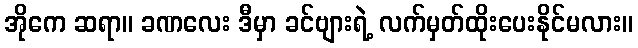
အိုကေ ဆရာ။ ခဏလေး ဒီမှာ ခင်ဗျားရဲ့ လက်မှတ်ထိုးပေးနိုင်မလား။